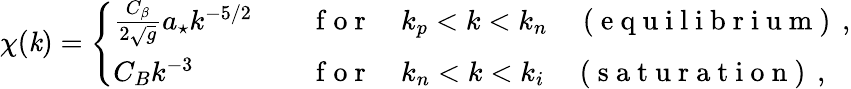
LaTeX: \chi(\mathit{k})=\Bigg\{ \begin{array}{ll}{\frac{C_{\beta}}{2\sqrt{g}}a_{\star}k^{-5/2}\quad}&{\mathrm{~f~o~r~}\quad k_{p}<k<k_{n}\quad\mathrm{~(~e~q~u~i~l~i~b~r~i~u~m~)~}\, ,}\\ {C_{B}k^{-3}\quad}&{\mathrm{~f~o~r~}\quad k_{n}<k<k_{i}\quad\mathrm{~(~s~a~t~u~r~a~t~i~o~n~)~}\, ,}\end{array}